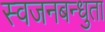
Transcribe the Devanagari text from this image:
स्वजनबन्धुता